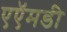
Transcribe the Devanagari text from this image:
एऍमडी